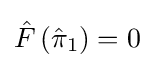
{\hat {F}}\left({\hat {\pi }}_{1}\right)=0